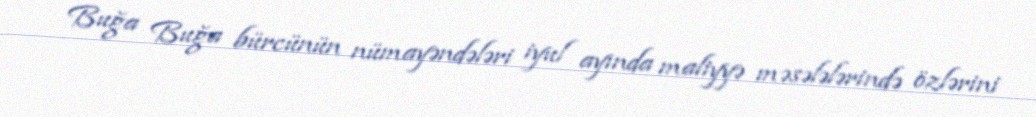
Buğa Buğa bürcünün nümayəndələri iyul ayında maliyyə məsələlərində özlərini